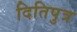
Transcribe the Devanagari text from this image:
दितिपुत्र